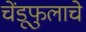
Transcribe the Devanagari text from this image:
चेंडूफुलाचे